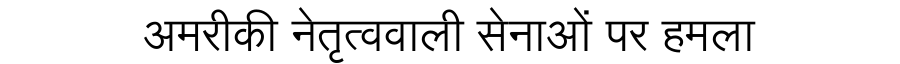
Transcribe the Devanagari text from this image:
अमरीकी नेतृत्ववाली सेनाओं पर हमला